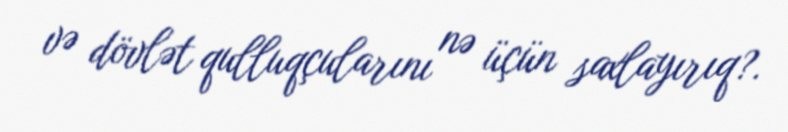
və dövlət qulluqçularını nə üçün saxlayırıq?.